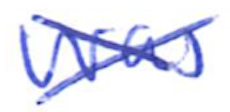
Text: was
Cross-out: cross
Writing tool: ballpoint